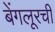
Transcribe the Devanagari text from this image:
बेंगलूरची